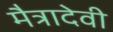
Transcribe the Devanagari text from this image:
मैत्रादेवी